Source: Handwritten
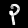
Digit: ၃ (3)